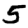
Digit: 5